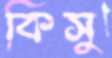
কিসু